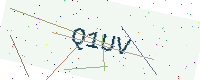
Text: Q1UV